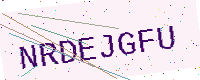
Text: NRDEJGFU